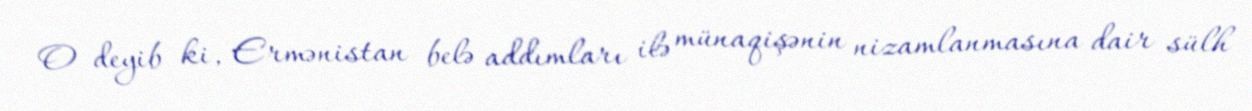
O deyib ki, Ermənistan belə addımları ilə münaqişənin nizamlanmasına dair sülh